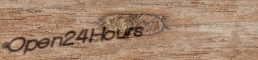
Open24Hours